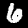
Label: 6